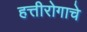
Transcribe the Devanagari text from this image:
हत्तीरोगाचे